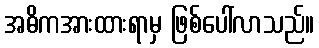
အဓိကအားထားရာမှ ဖြစ်ပေါ်လာသည်။